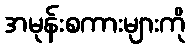
အမုန်းစကားများကို